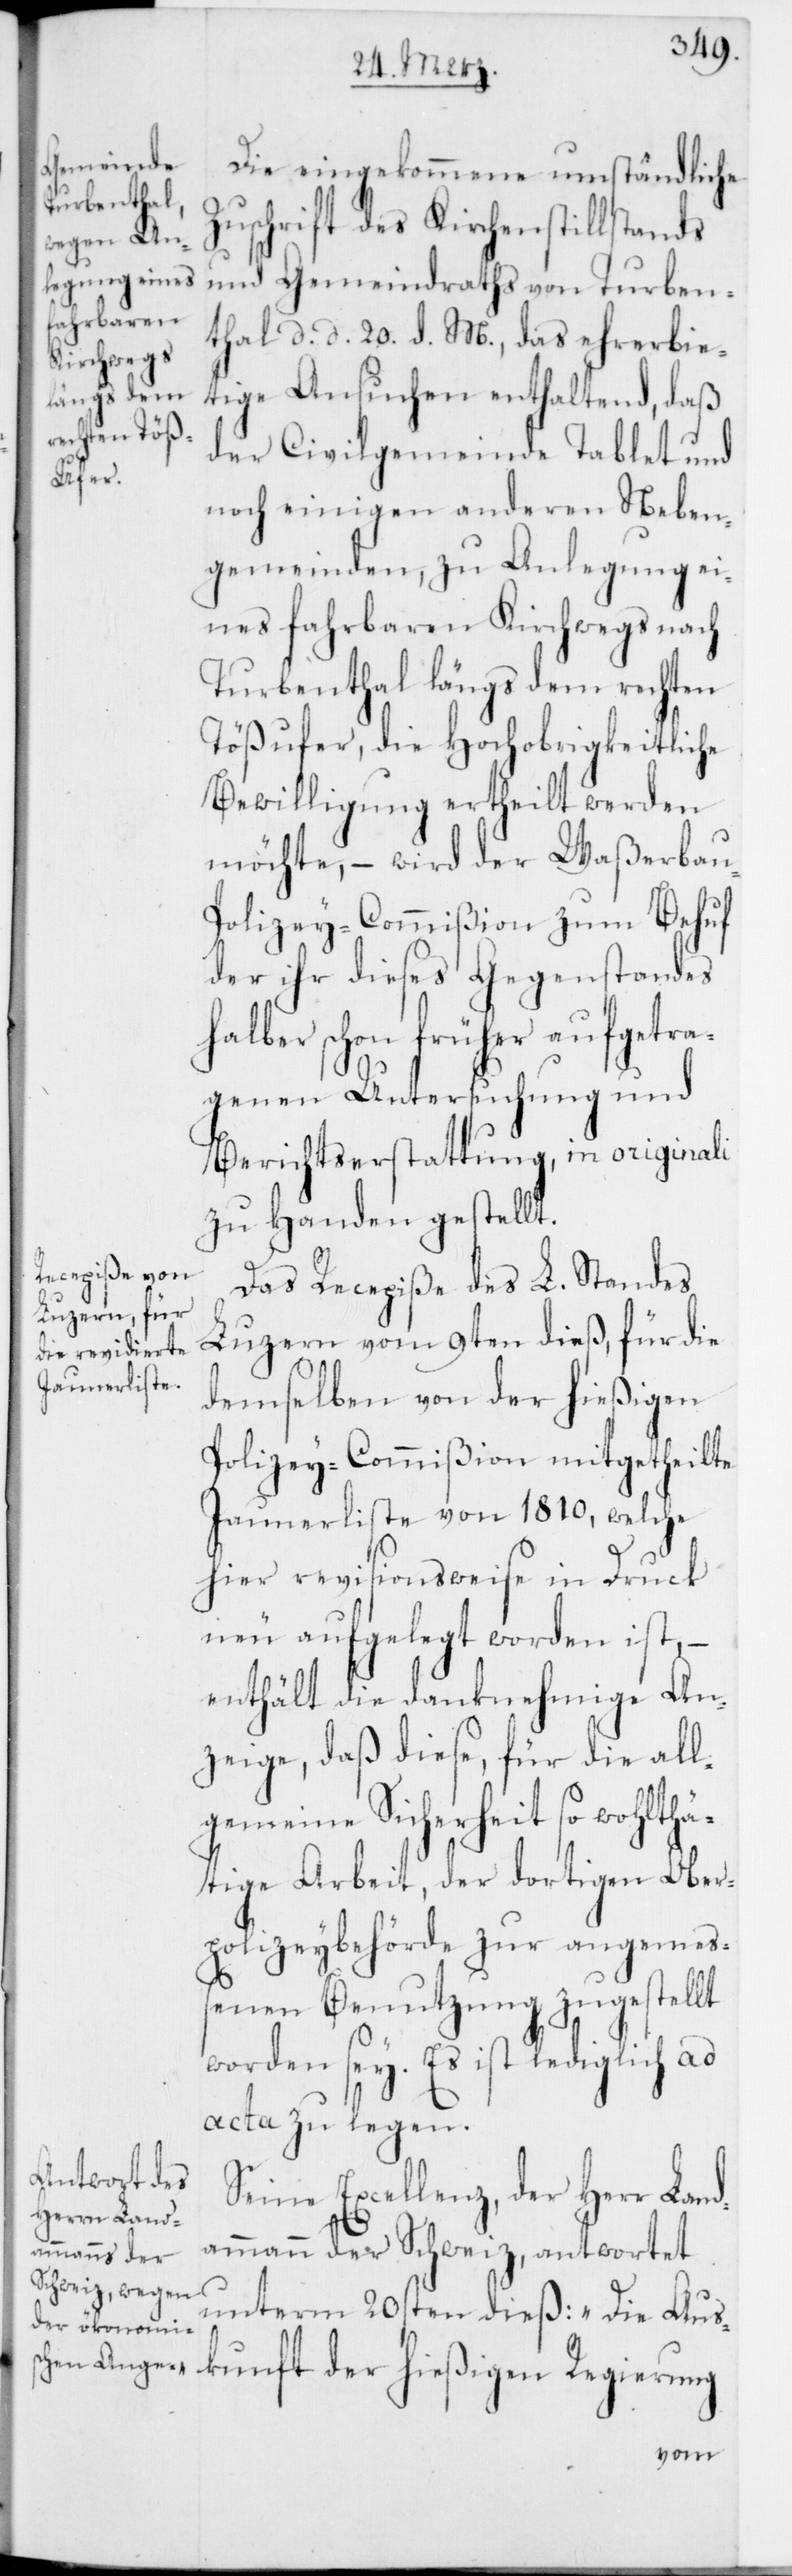
Die eingekommene umständliche
Zuschrift des Kirchenstillstands
und Gemeindraths von Turben¬
thal d. d. 20. d. M., das ehrerbie¬
tige Ansuchen enthaltend, daß
der Civilgemeinde Tablet und
noch einigen anderen Neben¬
gemeinden, zu Anlegung ei¬
nes fahrbaren Kirchwegs nach
Turbenthal längs dem rechten
Tößufer, die Hochobrigkeitliche
Bewilligung ertheilt werden
möchte, – wird der Waßerbau-P¬
olizey-Commißion zum Behuf
der ihr dieses Gegenstandes
halber schon früher aufgetra¬
genen Untersuchung und
Berichtserstattung, in originali
zu Handen gestellt.
Das Recepiße des L. Standes
Luzern vom 9ten dieß, für die
demselben von der hießigen
Polizey-Commißion mitgetheilte
Jaunerliste von 1810, welche
hier revisionsweise in Druck
neu aufgelegt worden ist, –
enthält die danknehmige An¬
zeige, daß diese, für die all¬
gemeine Sicherheit so wohlthä¬
tige Arbeit, der dortigen Ober¬
polizeybehörde zur angemeß¬
enen Benutzung zugestellt
worden sey. Es ist lediglich ad
acta zu legen.
Seine Excellenz, der Herr Land¬
ammann der Schweiz, antwortet
unterm 20sten dieß: „Die Aus¬
kunft der hießigen Regierung